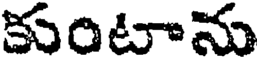
కుంటాను